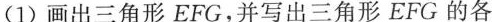
(1)画出三角形EFG，并写出三角形EFG的各